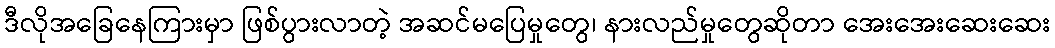
ဒီလိုအခြေနေကြားမှာ ဖြစ်ပွားလာတဲ့ အဆင်မပြေမှုတွေ၊ နားလည်မှုတွေဆိုတာ အေးအေးဆေးဆေး